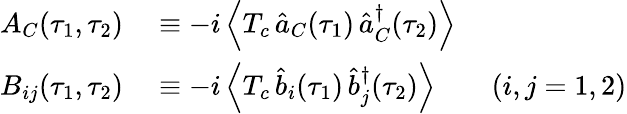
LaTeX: \begin{array}{rl}{A_{C}(\tau_{1},\tau_{2})}&{{}\equiv-i\left\langle T_{c}\, \hat{a}_{C}(\tau_{1})\, \hat{a}_{C}^{\dagger}(\tau_{2})\right\rangle}\\ {B_{ij}(\tau_{1},\tau_{2})}&{{}\equiv-i\left\langle T_{c}\, \hat{b}_{i}(\tau_{1})\, \hat{b}_{j}^{\dagger}(\tau_{2})\right\rangle\qquad(i,j=1,2)}\end{array}